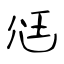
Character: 尩